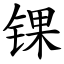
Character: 锞